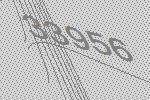
33956